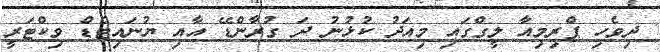
ދިވެހި ޕްރިމިއާ ލީގްގައި މިއަދު ކުޅުނު ދަ ގުރާންޑޭ އާއި ޔުނައިޓެޑް ވިކްޓަރީ